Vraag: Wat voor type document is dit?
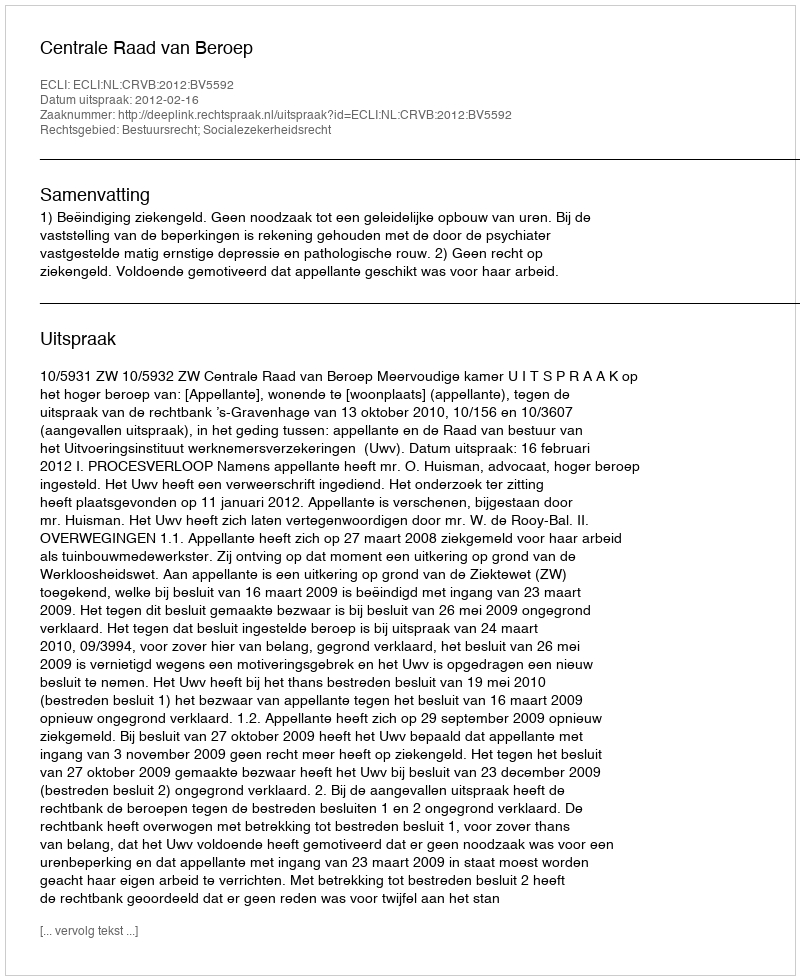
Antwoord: Uitspraak